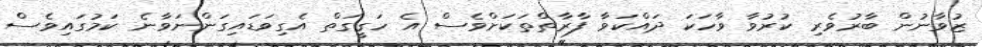
ޒުވާނުން ބާރުވެރި ކުރުވާ ވާހަކަ ދައްކަވާ ފާރާތްތަކަށްވެސް އެ ހަގީގަތް އެގިވަޑައިގަންނަވާނެ ކަމުގައިވެސް